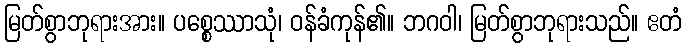
မြတ်စွာဘုရားအား။ ပစ္စေဿာသုံ၊ ဝန်ခံကုန်၏။ ဘဂဝါ၊ မြတ်စွာဘုရားသည်။ ဧတံ